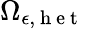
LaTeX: {\Omega}_{\epsilon,\mathrm{~h~e~t~}}